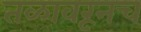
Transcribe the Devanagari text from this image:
तळावरूनच